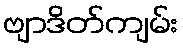
ဗျာဒိတ်ကျမ်း